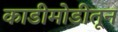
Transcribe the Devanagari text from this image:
काडीमोडीतून